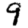
Digit: 9